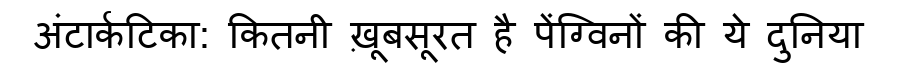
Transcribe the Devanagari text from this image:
अंटार्कटिका: कितनी ख़ूबसूरत है पेंग्विनों की ये दुनिया